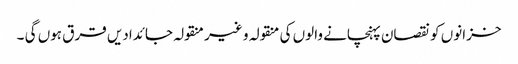
خزانوں کو نقصان پہنچانے والوں کی منقولہ و غیر منقولہ جائدادیں قرق ہوں گی ۔